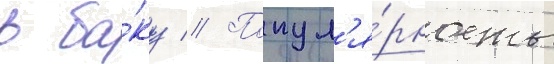
в ба́ку // Попул'я́рность